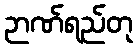
ဉာဏ်ရည်တု